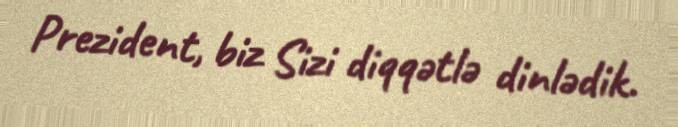
Prezident, biz Sizi diqqətlə dinlədik.